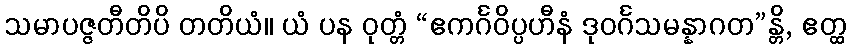
သမာပဇ္ဇတီတိပိ တတိယံ။ ယံ ပန ဝုတ္တံ “ဧကင်္ဂဝိပ္ပဟီနံ ဒုဝင်္ဂသမန္နာဂတ”န္တိ, ဧတ္ထ